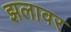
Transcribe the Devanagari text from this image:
झलावर